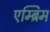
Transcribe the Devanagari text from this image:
एम्ब्रिम